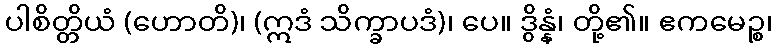
ပါစိတ္တိယံ (ဟောတိ)၊ (ဣဒံ သိက္ခာပဒံ)၊ ပေ။ ဒွိန္နံ၊ တို့၏။ ဧကမေဉ္စ၊